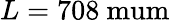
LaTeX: L=708\mathrm{\ mum}